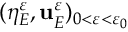
( \eta _ { E } ^ { \varepsilon } , \mathbf { u } _ { E } ^ { \varepsilon } ) _ { 0 < \varepsilon < \varepsilon _ { 0 } }